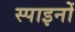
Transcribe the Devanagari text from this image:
स्पाइनों